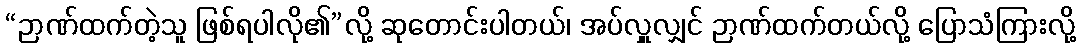
“ဉာဏ်ထက်တဲ့သူ ဖြစ်ရပါလို၏”လို့ ဆုတောင်းပါတယ်၊ အပ်လှူလျှင် ဉာဏ်ထက်တယ်လို့ ပြောသံကြားလို့